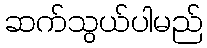
ဆက်သွယ်ပါမည်